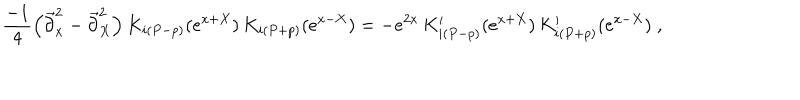
LaTeX: \frac { - 1 } { 4 } \left( \overrightarrow { \partial } _ { x } ^ { 2 } - \overrightarrow { \partial } _ { X } ^ { 2 } \right) K _ { i \left( P - p \right) } ( e ^ { x + X } ) \, K _ { i \left( P + p \right) } ( e ^ { x - X } ) = - e ^ { 2 x } \, K _ { i \left( P - p \right) } ^ { \prime } ( e ^ { x + X } ) \, K _ { i \left( P + p \right) } ^ { \prime } ( e ^ { x - X } ) \; ,